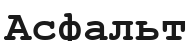
Асфальт